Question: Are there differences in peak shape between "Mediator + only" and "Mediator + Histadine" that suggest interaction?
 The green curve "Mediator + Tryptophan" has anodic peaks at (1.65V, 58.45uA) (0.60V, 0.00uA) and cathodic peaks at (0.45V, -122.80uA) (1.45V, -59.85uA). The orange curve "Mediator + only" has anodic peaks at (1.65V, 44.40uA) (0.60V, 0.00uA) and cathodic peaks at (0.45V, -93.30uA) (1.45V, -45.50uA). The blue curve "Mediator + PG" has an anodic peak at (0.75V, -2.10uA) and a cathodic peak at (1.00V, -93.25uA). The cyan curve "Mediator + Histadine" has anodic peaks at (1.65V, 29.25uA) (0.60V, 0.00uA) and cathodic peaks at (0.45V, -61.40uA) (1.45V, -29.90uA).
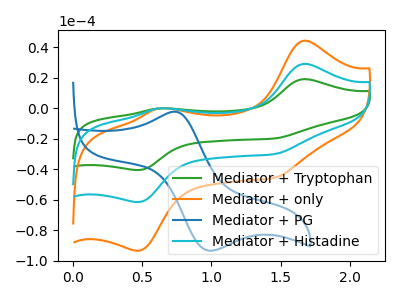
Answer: <think>All the peaks in "Mediator + only" have a peak in "Mediator + Histadine" at the same potential. Every peak in "Mediator + only" is higher than every peak in "Mediator + Histadine".
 </think>
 <answer>No, "Mediator + only" and "Mediator + Histadine" don't appear to be significantly different in shape</answer>
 <eval>no_change</eval>